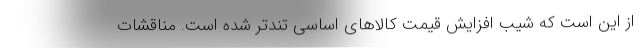
از این است که شیب افزایش قیمت کالاهای اساسی تندتر شده است. مناقشات